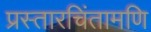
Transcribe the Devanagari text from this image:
प्रस्तारचिंतामणि